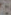
: